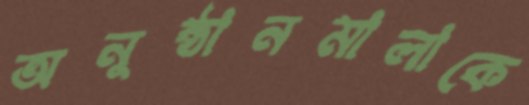
অনুষ্ঠানমালাকে